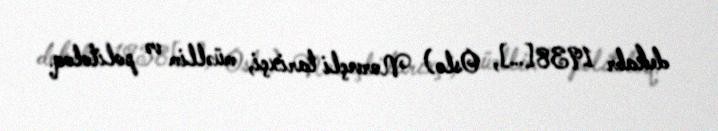
dekabr 1938[…], Oslo) Norveçli tarixçi, müəllim və politoloq.